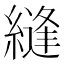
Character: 縫